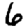
Digit: 6